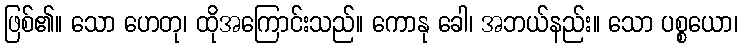
ဖြစ်၏။ သော ဟေတု၊ ထိုအကြောင်းသည်။ ကောနု ခေါ၊ အဘယ်နည်း။ သော ပစ္စယော၊